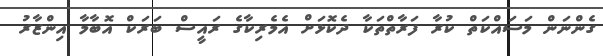
ގެންނަން މަސައްކަތް ކުރާ ފަރާތްތަކާ ދެކޮޅަށް އެމެރިކާގެ ރައީސް ބަރަކް އޮބާމާ އިންޒާރު